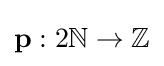
\mathbf {p} :2\mathbb {N} \to \mathbb {Z}